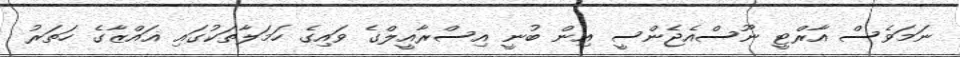
ނަމަވެސް އާރްޓީ ނޫސްއެޖެންސީ އިން ބުނީ އިސްރާއީލްގެ ވައިގެ ހަމަލާތަކުގައި ޣައްޒާގެ ހަތަރު